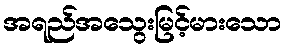
အရည်အသွေးမြင့်မားသော